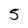
Character: 5